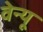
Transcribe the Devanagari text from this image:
वेन्यू